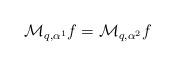
LaTeX: \begin{align*}\mathcal{M}_{q,\alpha^1}f = \mathcal{M}_{q,\alpha^2}f \end{align*}